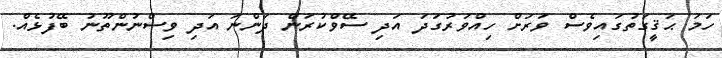
ހަމަ ޙަޤީގަތުގައިވެސް ވަރަށް ހިއްވަރުގަދަ އަދި ސޭވްކުރަން ދަންނަ އަދި ވިސްނުންތޫނު ބޭފުޅެއް.